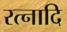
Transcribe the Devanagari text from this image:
रत्नादि